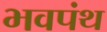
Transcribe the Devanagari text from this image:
भवपंथ